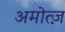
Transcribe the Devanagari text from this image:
अमोत्ज़